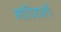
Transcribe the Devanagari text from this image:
मांडियाली